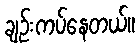
ချဉ်းကပ်နေတယ်။